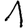
Digit: 1